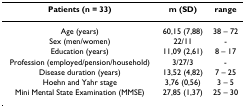
| Patients (n = 33) | m (SD) | range |
 | --- | --- | --- |
 | Age (years) | 60,15 (7,88) | 38 – 72 |
 | Sex (men/women) | 22/11 | - |
 | Education (years) | 11,09 (2,61) | 8 – 17 |
 | Profession (employed/pension/household) | 3/27/3 | - |
 | Disease duration (years) | 13,52 (4,82) | 7 – 25 |
 | Hoehn and Yahr stage | 3,76 (0,56) | 3 – 5 |
 | Mini Mental State Examination (MMSE) | 27,85 (1,37) | 25 – 30 |